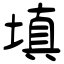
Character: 填